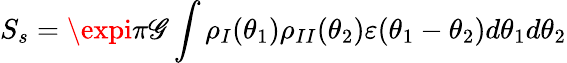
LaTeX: S_{s}=\expi\pi\mathscr{G}\int\rho_{I}(\theta_{1})\rho_{II}(\theta_{2})\varepsilon(\theta_{1}-\theta_{2})d\theta_{1}d\theta_{2}